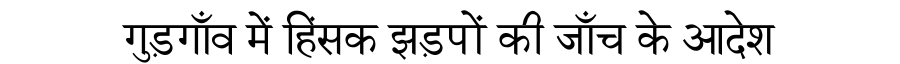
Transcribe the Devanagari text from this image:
गुड़गाँव में हिंसक झड़पों की जाँच के आदेश